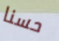
حسنا